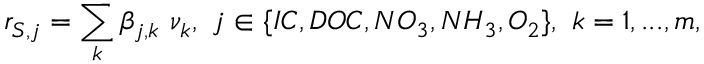
r _ { S , j } = \sum _ { k } \beta _ { j , k } \ \nu _ { k } , \ j \in \{ I C , D O C , N O _ { 3 } , N H _ { 3 } , O _ { 2 } \} , \ k = 1 , . . . , m ,